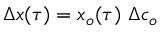
\Delta x ( \tau ) = x _ { o } ( \tau ) \ \Delta c _ { o }